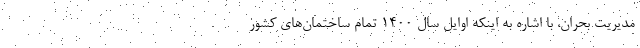
مدیریت بحران، با اشاره به اینکه اوایل سال 1400 تمام ساختمان‌های کشور